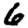
Digit: 6